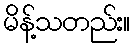
မိန့်သတည်း။